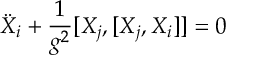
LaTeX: \ddot { X } _ { i } + \frac { 1 } { g ^ { 2 } } [ X _ { j } , [ X _ { j } , X _ { i } ] ] = 0